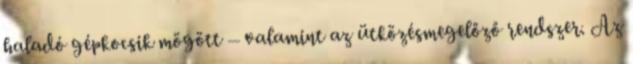
haladó gépkocsik mögött – valamint az ütközésmegelőző rendszer. Az